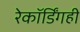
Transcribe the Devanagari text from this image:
रेकॉर्डिंगही